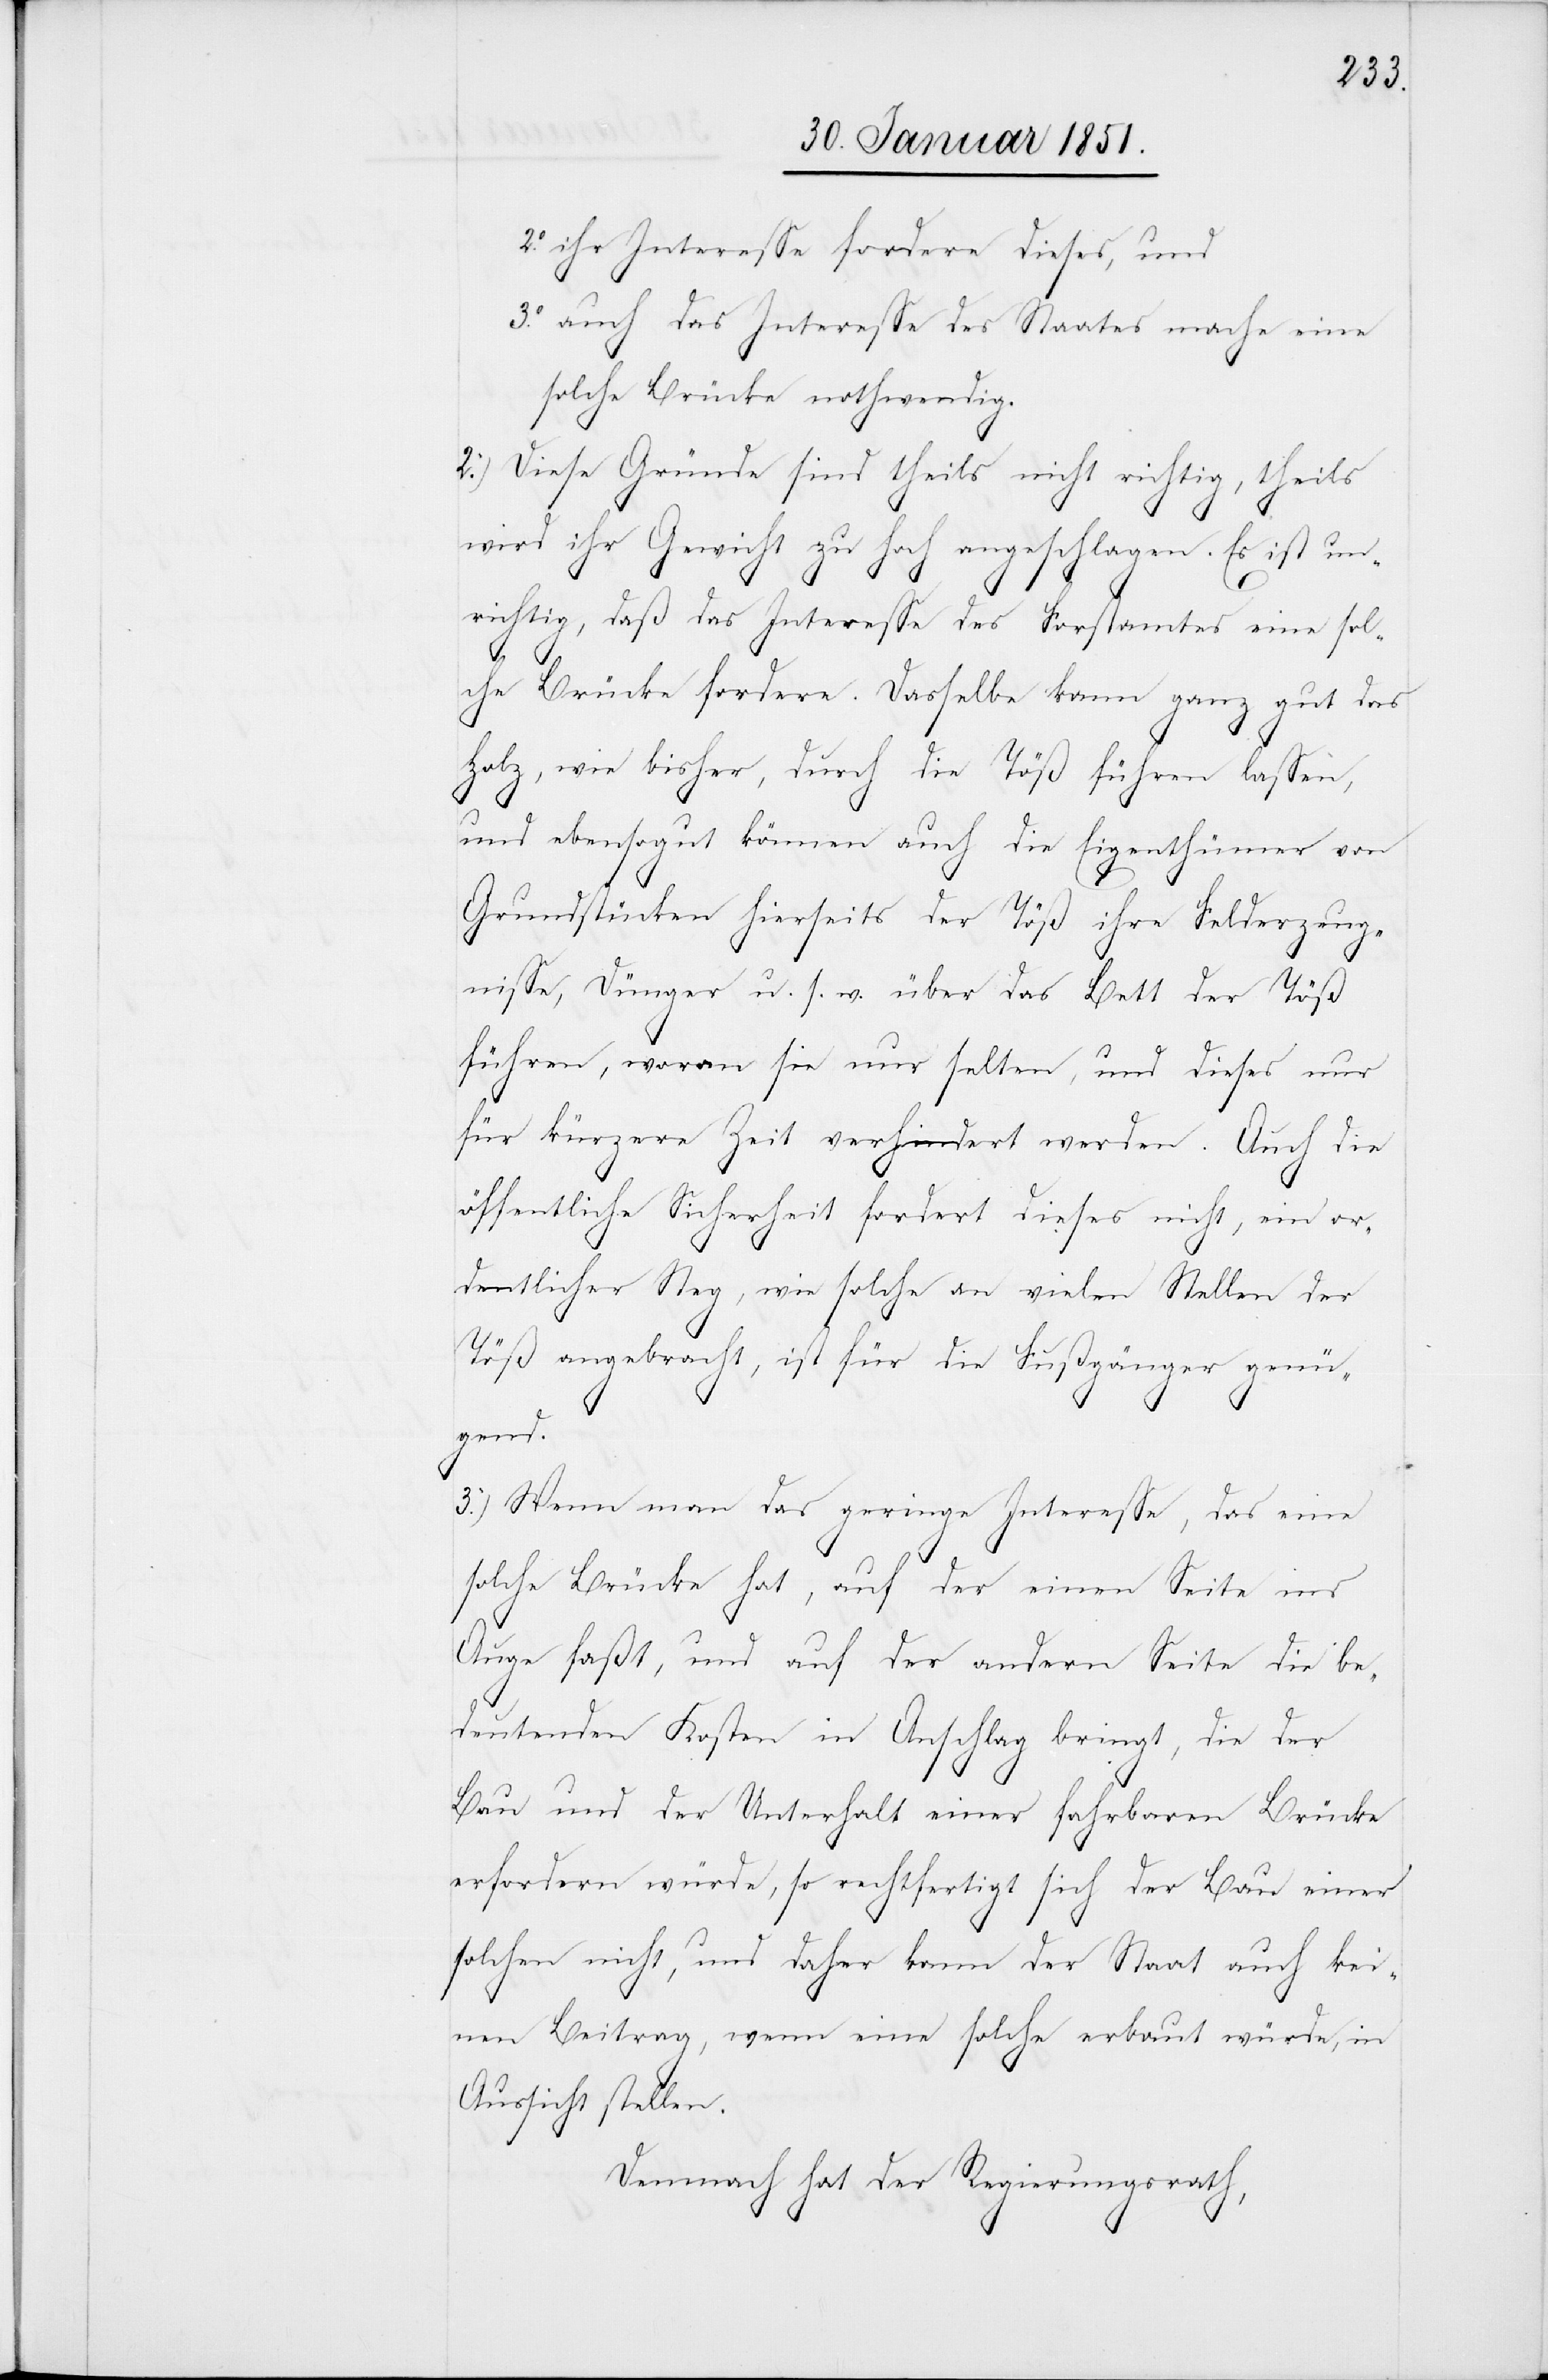
ihr Interesse fordere dieses, und
auch das Interesse des Staates mache eine
solche Brücke nothwendig.
2.) Diese Gründe sind theils nicht richtig, theils
wird ihr Gewicht zu hoch angeschlagen. Es ist un¬
2.o
richtig, daß das Interesse des Forstamtes eine sol¬
che Brücke fordere. Dasselbe kann ganz gut das
Holz, wie bisher, durch die Töß führen lassen,
und ebensogut können auch die Eigenthümer von
Grundstücken hierseits der Töß ihre Felderzeug¬
nisse, Dünger u. s. w. über das Bett der Töß
führen, woran sie nur selten, und dieses nur
für kürzere Zeit verhindert werden. Auch die
öffentliche Sicherheit fordert dieses nicht, ein or¬
dentlicher Steg, wie solche an vielen Stellen der
Töß angebracht, ist für die Fußgänger genü¬
gend.
3.) Wenn man das geringe Interesse, das eine
solche Brücke hat, auf der einen Seite ins
Auge faßt, und auf der andern Seite die be¬
deutenden Kosten in Anschlag bringt, die der
Bau und der Unterhalt einer fahrbaren Brücke
erfordern würde, so rechtfertigt sich der Bau einer
solchen nicht, und daher kann der Staat auch kei¬
nen Beitrag, wenn eine solche erbaut würde, in
Aussicht stellen.
Demnach hat der Regierungsrath,